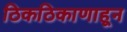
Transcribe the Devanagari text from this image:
ठिकठिकाणाहून